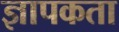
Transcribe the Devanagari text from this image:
ज्ञापकता